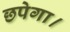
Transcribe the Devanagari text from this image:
छपेगा।